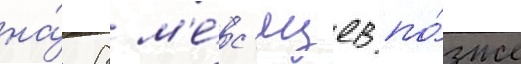
на́ 8 м'е́с'яцев по́зже